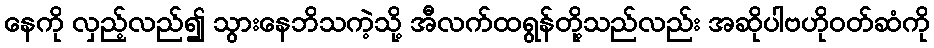
နေကို လှည့်လည်၍ သွားနေဘိသကဲ့သို့ အီလက်ထရွန်တို့သည်လည်း အဆိုပါဗဟိုဝတ်ဆံကို